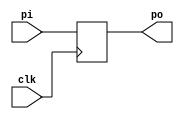
`timescale 1ns / 1ps
module PIPO(clk,pi,po);
input clk;
input [3:0] pi;
output reg [3:0] po;
always @(posedge clk)
begin
po=pi;
end
endmodule

module PIPO_tb;
reg clk;
reg [3:0] pi=4'b1101;
wire [3:0] po;
PIPO U(.clk(clk),.pi(pi),.po(po));
initial begin
clk=0;
#10;
end
always #5 clk=~clk;
endmodule